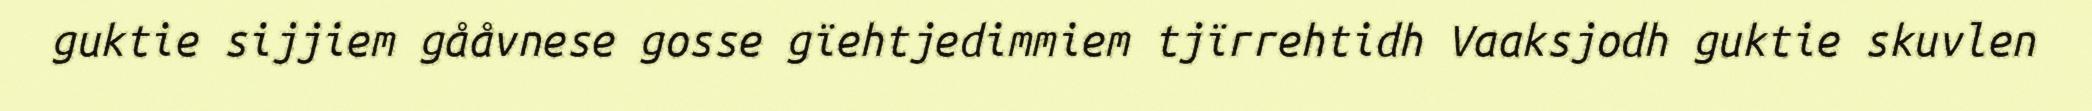
guktie sijjiem gååvnese gosse gïehtjedimmiem tjïrrehtidh Vaaksjodh guktie skuvlen